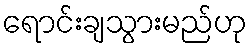
ရောင်းချသွားမည်ဟု